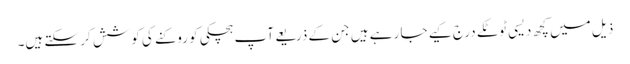
ذیل میں کچھ دیسی ٹوٹکے درج کیے جا رہے ہیں جن کے ذریعے آپ ہچکی کو روکنے کی کوشش کر سکتے ہیں۔